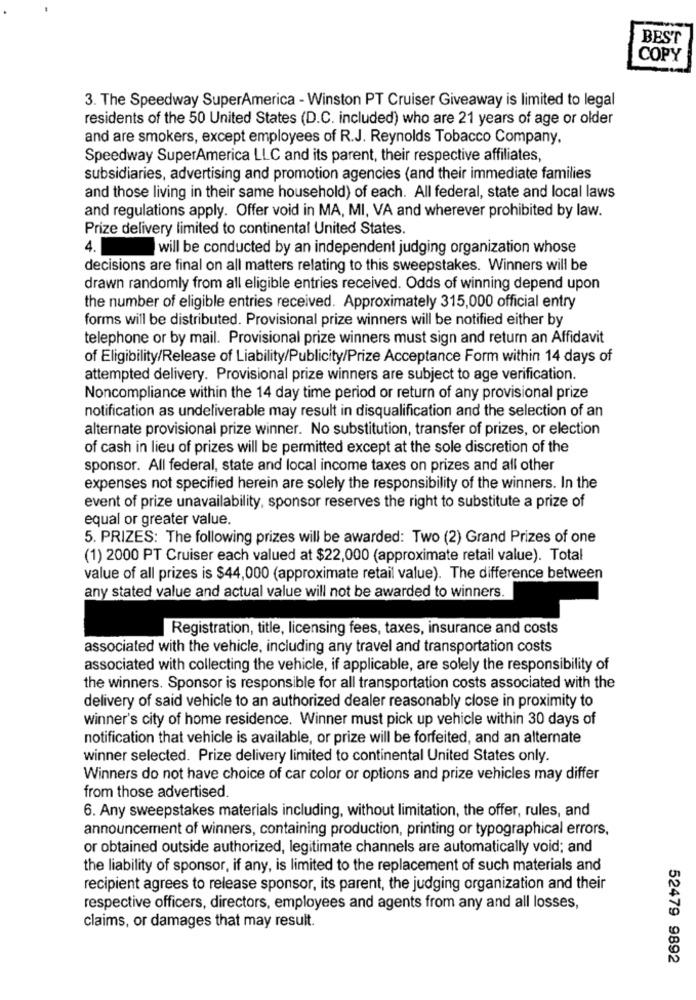
BEST
COPY
3. The Speedway SuperAmerica - Winston PT Cruiser Giveaway is limited to legal
residents of the 50 United States (D.C. included) who are 21 years of age or older
and are smokers, except employees of R.J. Reynolds Tobacco Company.
Speedway SuperAmerica LLC and its parent, their respective affiliates,
subsidiaries, advertising and promotion agencies (and their immediate families
and those living in their same household) of each. All federal, state and local laws
and regulations apply. Offer void in MA, MI, VA and wherever prohibited by law.
Prize delivery limited to continental United States.
4. will be conducted by an independent judging organization whose
decisions are final on all matters relating to this sweepstakes. Winners will be
drawn randomly from all eligible entries received. Odds of winning depend upon
the number of eligible entries received. Approximately 315,000 official entry
forms will be distributed. Provisional prize winners will be notified either by
telephone or by mail. Provisional prize winners must sign and return an Affidavit
of Eligibility/Release of Liability/Publicity/Prize Acceptance Form within 14 days of
attempted delivery. Provisional prize winners are subject to age verification.
Noncompliance within the 14 day time period or return of any provisional prize
notification as undeliverable may result in disqualification and the selection of an
alternate provisional prize winner. No substitution, transfer of prizes, or election
of cash in lieu of prizes will be permitted except at the sole discretion of the
sponsor. All federal, state and local income taxes on prizes and all other
expenses not specified herein are solely the responsibility of the winners. In the
event of prize unavailability, sponsor reserves the right to substitute a prize of
equal or greater value.
5. PRIZES: The following prizes will be awarded: Two (2) Grand Prizes of one
(1) 2000 PT Cruiser each valued at $22,000 (approximate retail value). Total
value of all prizes is $44,000 (approximate retail value). The difference between
any stated value and actual value will not be awarded to winners.
Registration, title, licensing fees, taxes, insurance and costs
associated with the vehicle, including any travel and transportation costs
associated with collecting the vehicle, if applicable, are solely the responsibility of
the winners. Sponsor is responsible for all transportation costs associated with the
delivery of said vehicle to an authorized dealer reasonably close in proximity to
winner's city of home residence. Winner must pick up vehicle within 30 days of
notification that vehicle is available, or prize will be forfeited, and an alternate
winner selected. Prize delivery limited to continental United States only.
Winners do not have choice of car color or options and prize vehicles may differ
from those advertised.
6. Any sweepstakes materials including, without limitation, the offer, rules, and
announcement of winners, containing production, printing or typographical errors,
or obtained outside authorized, legitimate channels are automatically void; and
the liability of sponsor, if any, is limited to the replacement of such materials and
recipient agrees to release sponsor, its parent, the judging organization and their
respective officers, directors, employees and agents from any and all losses,
claims, or damages that may result.
52479 9892